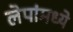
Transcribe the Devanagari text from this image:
लेपांमध्ये